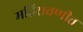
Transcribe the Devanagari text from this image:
महिरावणीत